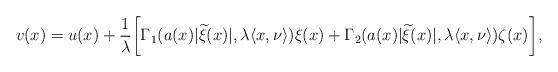
\begin{align*}v(x) = u(x)+\frac{1}{\lambda}\bigg[\Gamma_1(a(x)|\widetilde \xi(x)|,\lambda \langle x,\nu\rangle)\xi(x) + \Gamma_2(a(x)|\widetilde \xi(x)|,\lambda \langle x,\nu\rangle)\zeta(x)\bigg],\end{align*}